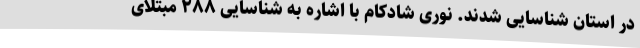
در استان شناسایی شدند. نوری شادکام با اشاره به شناسایی ۲۸۸ مبتلای